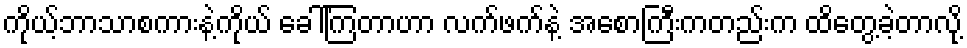
ကိုယ့်ဘာသာစကားနဲ့ကိုယ် ခေါ်ကြတာဟာ လက်ဖက်နဲ့ အစောကြီးကတည်းက ထိတွေ့ခဲ့တာလို့